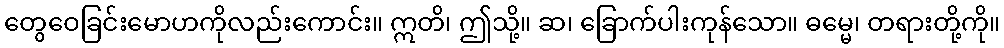
တွေဝေခြင်းမောဟကိုလည်းကောင်း။ ဣတိ၊ ဤသို့။ ဆ၊ ခြောက်ပါးကုန်သော။ ဓမ္မေ၊ တရားတို့ကို။